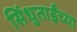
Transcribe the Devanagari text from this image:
सिंधुताईंच्या